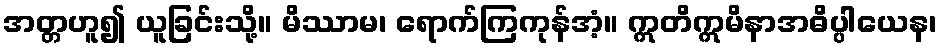
အတ္တဟူ၍ ယူခြင်းသို့။ မိဿာမ၊ ရောက်ကြကုန်အံ့။ ဣတိဣမိနာအဓိပ္ပါယေန၊